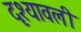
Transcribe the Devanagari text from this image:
दृश्‍यावली